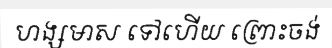
ហង្សមាស ទៅហើយ ព្រោះចង់